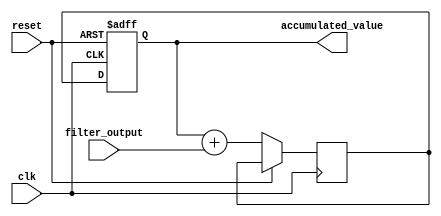
module accumulator (
    input wire clk,
    input wire reset,
    input wire [DATA_WIDTH-1:0] filter_output,
    output reg [DATA_WIDTH-1:0] accumulated_value
);

parameter DATA_WIDTH = 8; // Set the data width to 8 bits

reg [DATA_WIDTH-1:0] next_accumulated_value;

always @(posedge clk or posedge reset) begin
    if (reset) begin
        accumulated_value <= 8'h00; // Initialize the accumulator to zero
    end else begin
        next_accumulated_value <= accumulated_value + filter_output; // Add the filter output to the current accumulated value
        accumulated_value <= next_accumulated_value; // Store the new accumulated value
    end
end

endmodule